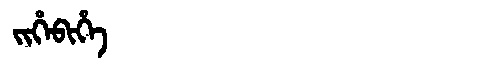
Manchu: ᠵᡳᡥᡝᠪᡳᡥᡝ
Romanization: JIHEBIHE